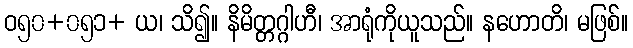
ဝ၅၀+၀၅၁+ ယ၊ သိ၍။ နိမိတ္တဂ္ဂါဟီ၊ အာရုံကိုယူသည်။ နဟောတိ၊ မဖြစ်။